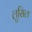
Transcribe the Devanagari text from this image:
लुसिल